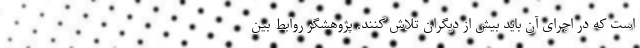
است که در اجرای آن باید بیش از دیگران تلاش کنند. پژوهشگر روابط بین